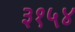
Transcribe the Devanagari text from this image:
३१५४